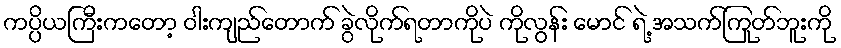
ကပ္ပိယကြီးကတော့ ဝါးကျည်တောက် ခွဲလိုက်ရတာကိုပဲ ကိုလွန်း မောင် ရဲ့ အသက်ကြုတ်ဘူးကို